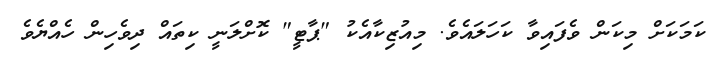
ކަމަކަށް މިކަން ވެފައިވާ ކަހަލައެވެ. މިއުޒިކާއެކު "ޕާޓީ" ކޮށްލަނީ ކިތައް ދިވެހިން ހެއްޔެވެ